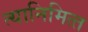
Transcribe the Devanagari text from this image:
त्‍यानिमित्‍त